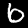
Label: 6